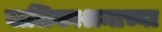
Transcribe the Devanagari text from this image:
बालिकाश्रमाच्या